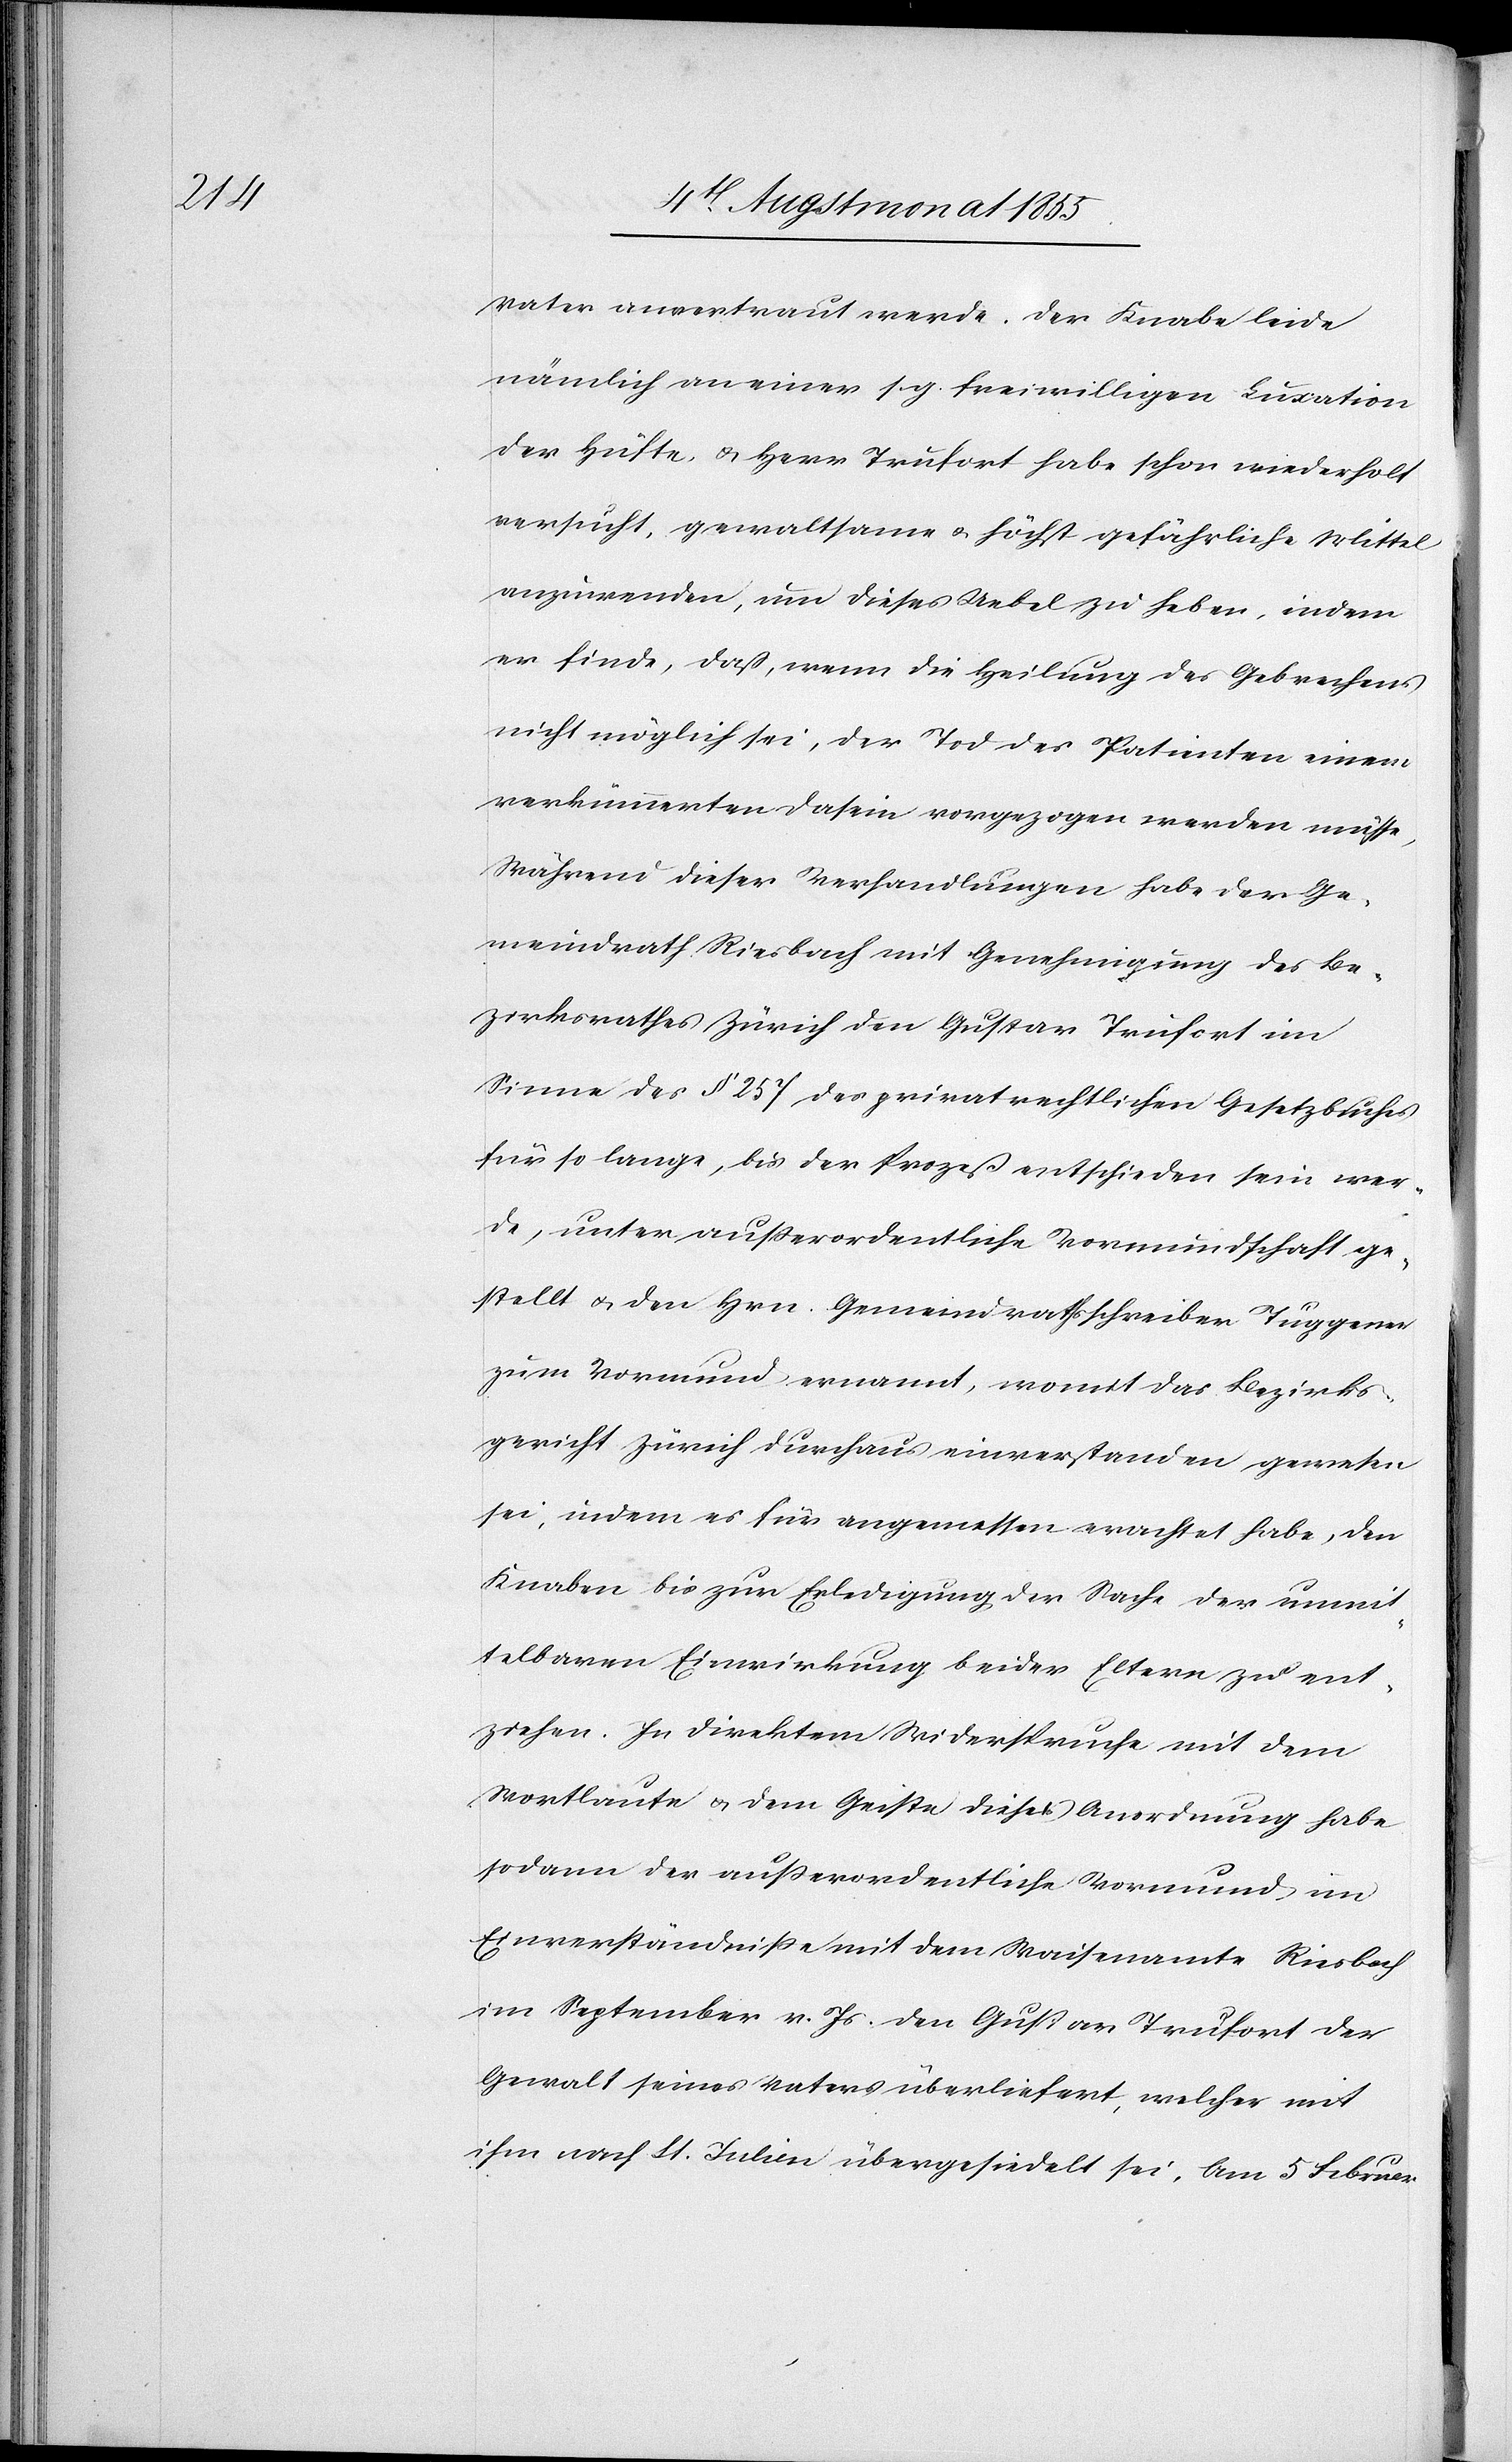
Vater anvertraut werde. Der Knabe leide
nämlich an einer s. g. freiwilligen Luxation
der Hüfte & Herr Trufort habe schon wiederholt
versucht, gewaltsame & höchst gefährliche Mittel
anzuwenden, um dieses Uebel zu heben, indem
er finde, daß, wenn die Heilung des Gebrechens
nicht möglich sei, der Tod des Patienten einem
verkümmerten Dasein vorgezogen werden müsse;
Während dieser Verhandlungen habe der Ge¬
meindrath Riesbach mit Genehmigung des Be¬
zirksrathes Zürich den Gustav Trufort im
Sinne des § 257 des privatrechtlichen Gesetzbuches
für so lange, bis der Prozeß entschieden sein wer¬
de, unter außerordentliche Vormundschaft ge¬
stellt & den Hrn. Gemeindrathsschreiber Tuggener
zum Vormund ernannt, womit das Bezirks¬
gericht Zürich durchaus einverstanden gewesen
sei, indem es für angemessen erachtet habe, den
Knaben bis zur Erledigung der Sache der unmit¬
telbaren Einwirkung beider Eltern zu ent¬
ziehen. In direktem Widerspruche mit dem
Wortlaute & dem Geiste dieser Anordnung habe
sodann der außerordentliche Vormund im
Einverständniße mit dem Waisenamte Riesbach
im September v. Js. den Gustav Trufort der
Gewalt seines Vaters überliefert, welcher mit
ihm nach St. Julien übergesiedelt sei. Am 5 Februar